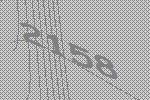
2158